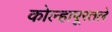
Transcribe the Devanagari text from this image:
कोल्हापूरतले